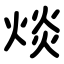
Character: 㷋